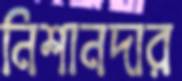
নিশানদার